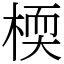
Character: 㮕